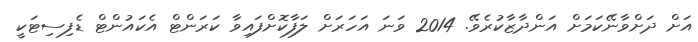
އަށް ދަށްވާނޭކަމަށް އަންދާޒާކުރެވޭ. 2014 ވަނަ އަހަރަށް ލަފާކޮށްފައިވާ ކަރަންޓް އެކައުންޓް ޑެފިސިޓަކީ